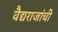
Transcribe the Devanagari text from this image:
वैद्यराजांची